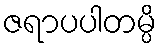
ဇရာပပါတမ္ပိ